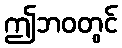
ဤဘဝတွင်